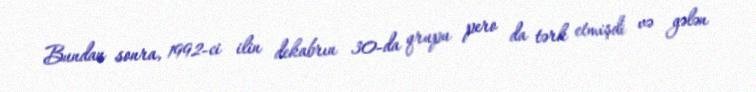
Bundan sonra, 1992-ci ilin dekabrın 30-da qrupu pero da tərk etmişdi və gələn